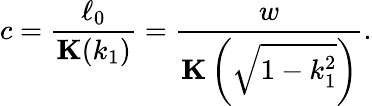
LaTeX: c=\frac{\ell_{0}}{\textbf{K}(k_{1})}=\frac{w}{\textbf{K}\left(\sqrt{1-k_{1}^{2}}\right)}.